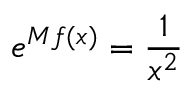
e ^ { M f ( x ) } = { \frac { 1 } { x ^ { 2 } } }